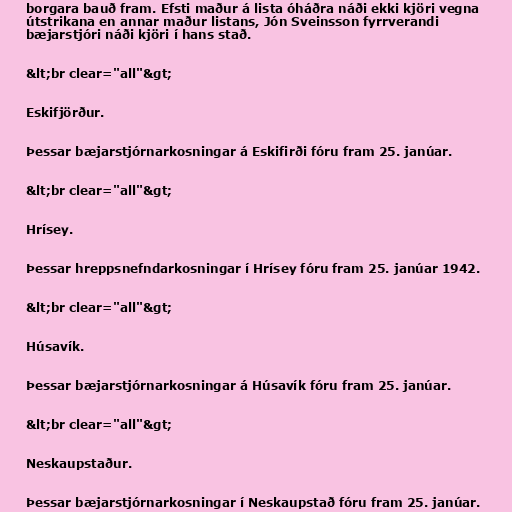
borgara bauð fram. Efsti maður á lista óháðra náði ekki kjöri vegna
útstrikana en annar maður listans, Jón Sveinsson fyrrverandi
bæjarstjóri náði kjöri í hans stað.

&lt;br clear="all"&gt;

Eskifjörður.

Þessar bæjarstjórnarkosningar á Eskifirði fóru fram 25. janúar.

&lt;br clear="all"&gt;

Hrísey.

Þessar hreppsnefndarkosningar í Hrísey fóru fram 25. janúar 1942.

&lt;br clear="all"&gt;

Húsavík.

Þessar bæjarstjórnarkosningar á Húsavík fóru fram 25. janúar.

&lt;br clear="all"&gt;

Neskaupstaður.

Þessar bæjarstjórnarkosningar í Neskaupstað fóru fram 25. janúar.